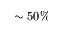
\sim 5 0 \%